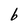
Character: b